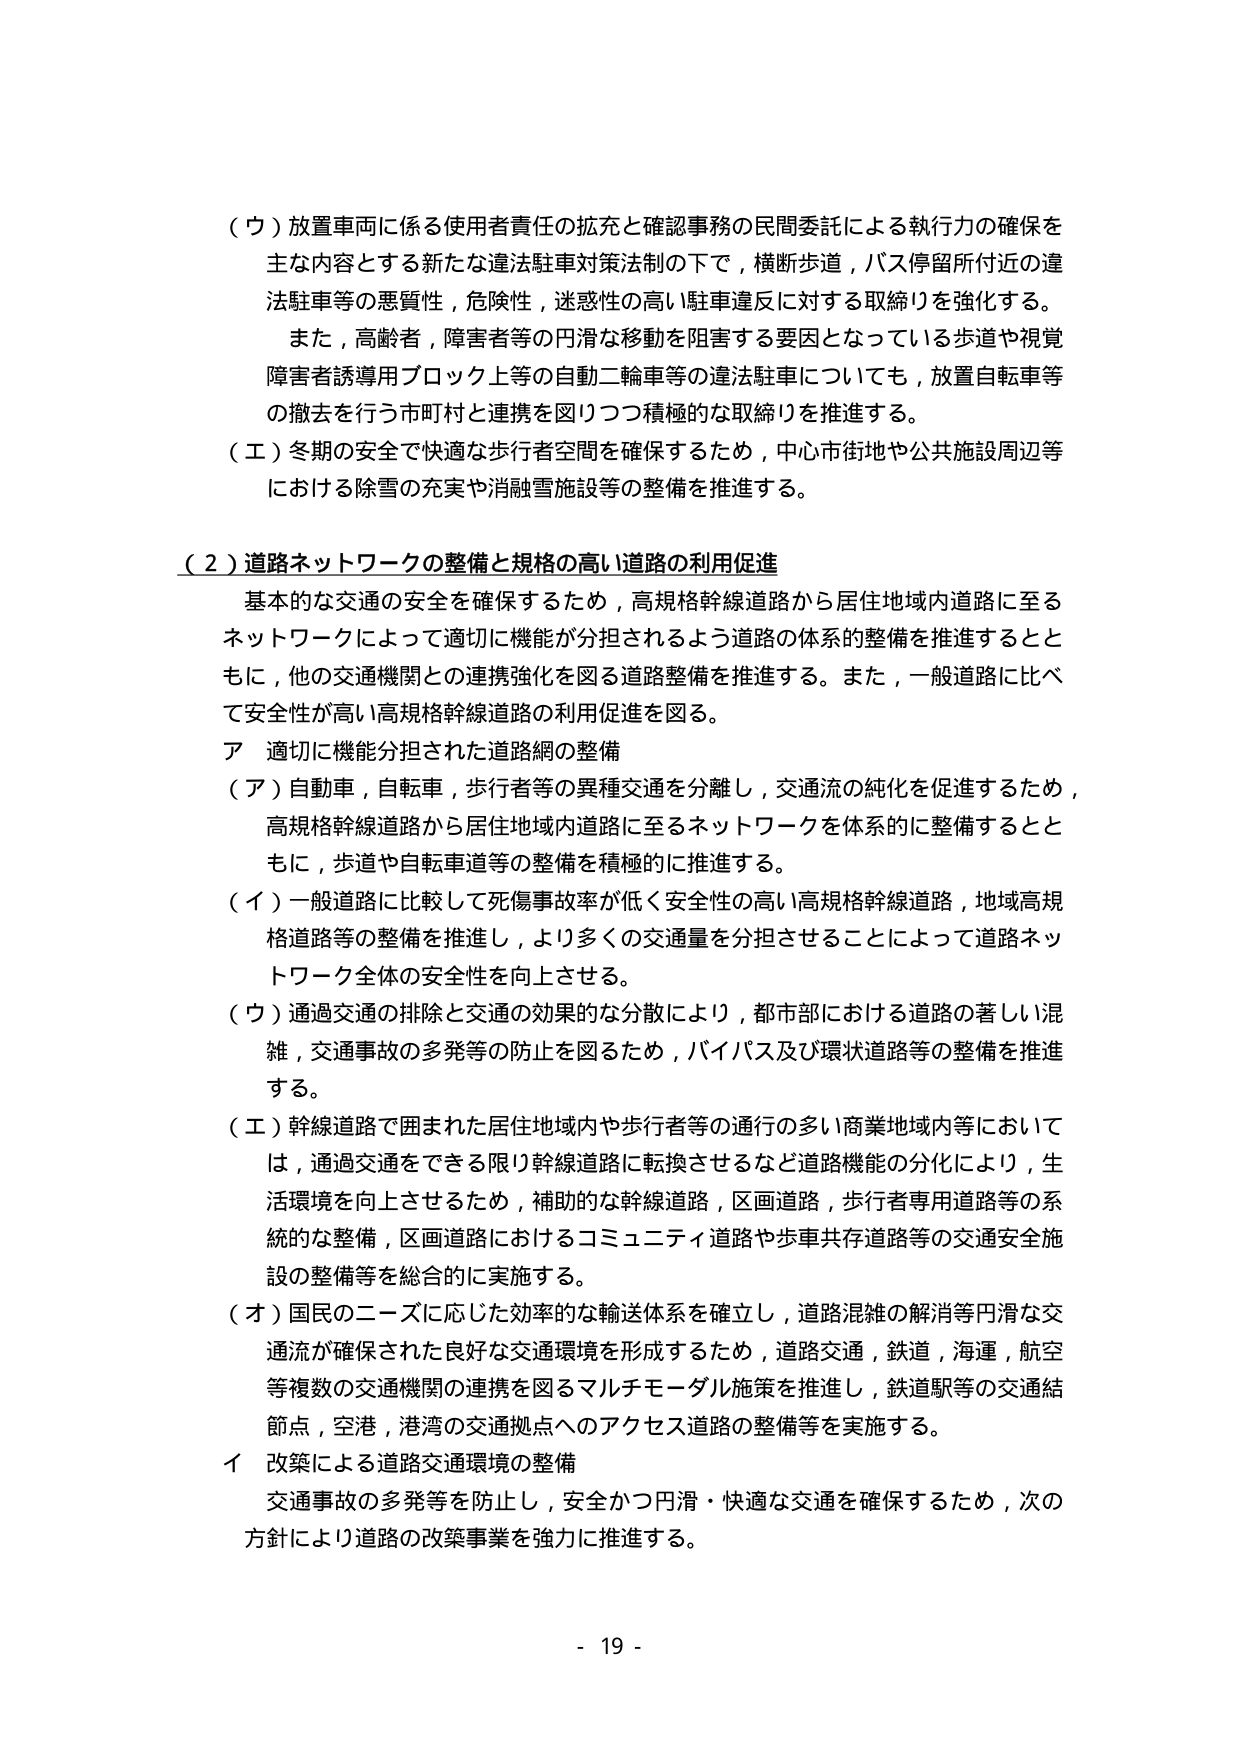
（ウ）放置車両に係る使用者責任の拡充と確認事務の民間委託による執行力の確保を
主な内容とする新たな違法駐車対策法制の下で，横断歩道，バス停留所付近の違
法駐車等の悪質性，危険性，迷惑性の高い駐車違反に対する取締りを強化する。
　また，高齢者，障害者等の円滑な移動を阻害する要因となっている歩道や視覚
障害者誘導用ブロック上等の自動二輪車等の違法駐車についても，放置自転車等
の撤去を行う市町村と連携を図りつつ積極的な取締りを推進する。
（エ）冬期の安全で快適な歩行者空間を確保するため，中心市街地や公共施設周辺等
における除雪の充実や消融雪施設等の整備を推進する。

（２）道路ネットワークの整備と規格の高い道路の利用促進
　基本的な交通の安全を確保するため，高規格幹線道路から居住地域内道路に至る
ネットワークによって適切に機能が分担されるよう道路の体系的整備を推進すると
ともに，他の交通機関との連携強化を図る道路整備を推進する。また，一般道路に比べ
て安全性が高い高規格幹線道路の利用促進を図る。
ア　適切に機能分担された道路網の整備
（ア）自動車，自転車，歩行者等の異種交通を分離し，交通流の純化を促進するため，
高規格幹線道路から居住地域内道路に至るネットワークを体系的に整備するとと
もに，歩道や自転車道等の整備を積極的に推進する。
（イ）一般道路に比較して死傷事故率が低く安全性の高い高規格幹線道路，地域高規
格道路等の整備を推進し，より多くの交通量を分担させることによって道路ネッ
トワーク全体の安全性を向上させる。
（ウ）通過交通の排除と交通の効果的な分散により，都市部における道路の著しい混
雑，交通事故の多発等の防止を図るため，バイパス及び環状道路等の整備を推進
する。
（エ）幹線道路で囲まれた居住地域内や歩行者等の通行の多い商業地域内等において
は，通過交通をできる限り幹線道路に転換させるなど道路機能の分化により，生
活環境を向上させるため，補助的な幹線道路，区画道路，歩行者専用道路等の系
統的な整備，区画道路におけるコミュニティ道路や歩車共存道路等の交通安全施
設の整備等を総合的に実施する。
（オ）国民のニーズに応じた効率的な輸送体系を確立し，道路混雑の解消等円滑な交
通流が確保された良好な交通環境を形成するため，道路交通，鉄道，海運，航空
等複数の交通機関の連携を図るマルチモーダル施策を推進し，鉄道駅等の交通結
節点，空港，港湾の交通拠点へのアクセス道路の整備等を実施する。
イ　改築による道路交通環境の整備
　交通事故の多発等を防止し，安全かつ円滑・快適な交通を確保するため，次の
方針により道路の改築事業を強力に推進する。

- 19 -